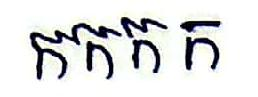
កកកក